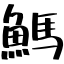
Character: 鰢